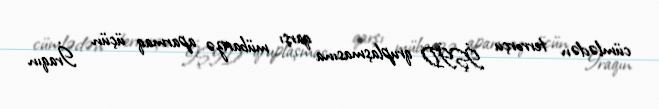
cümlədən terrorçu İŞİD qruplaşmasına qarşı mübarizə aparmaq üçün İraqın